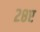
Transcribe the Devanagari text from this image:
२८ए